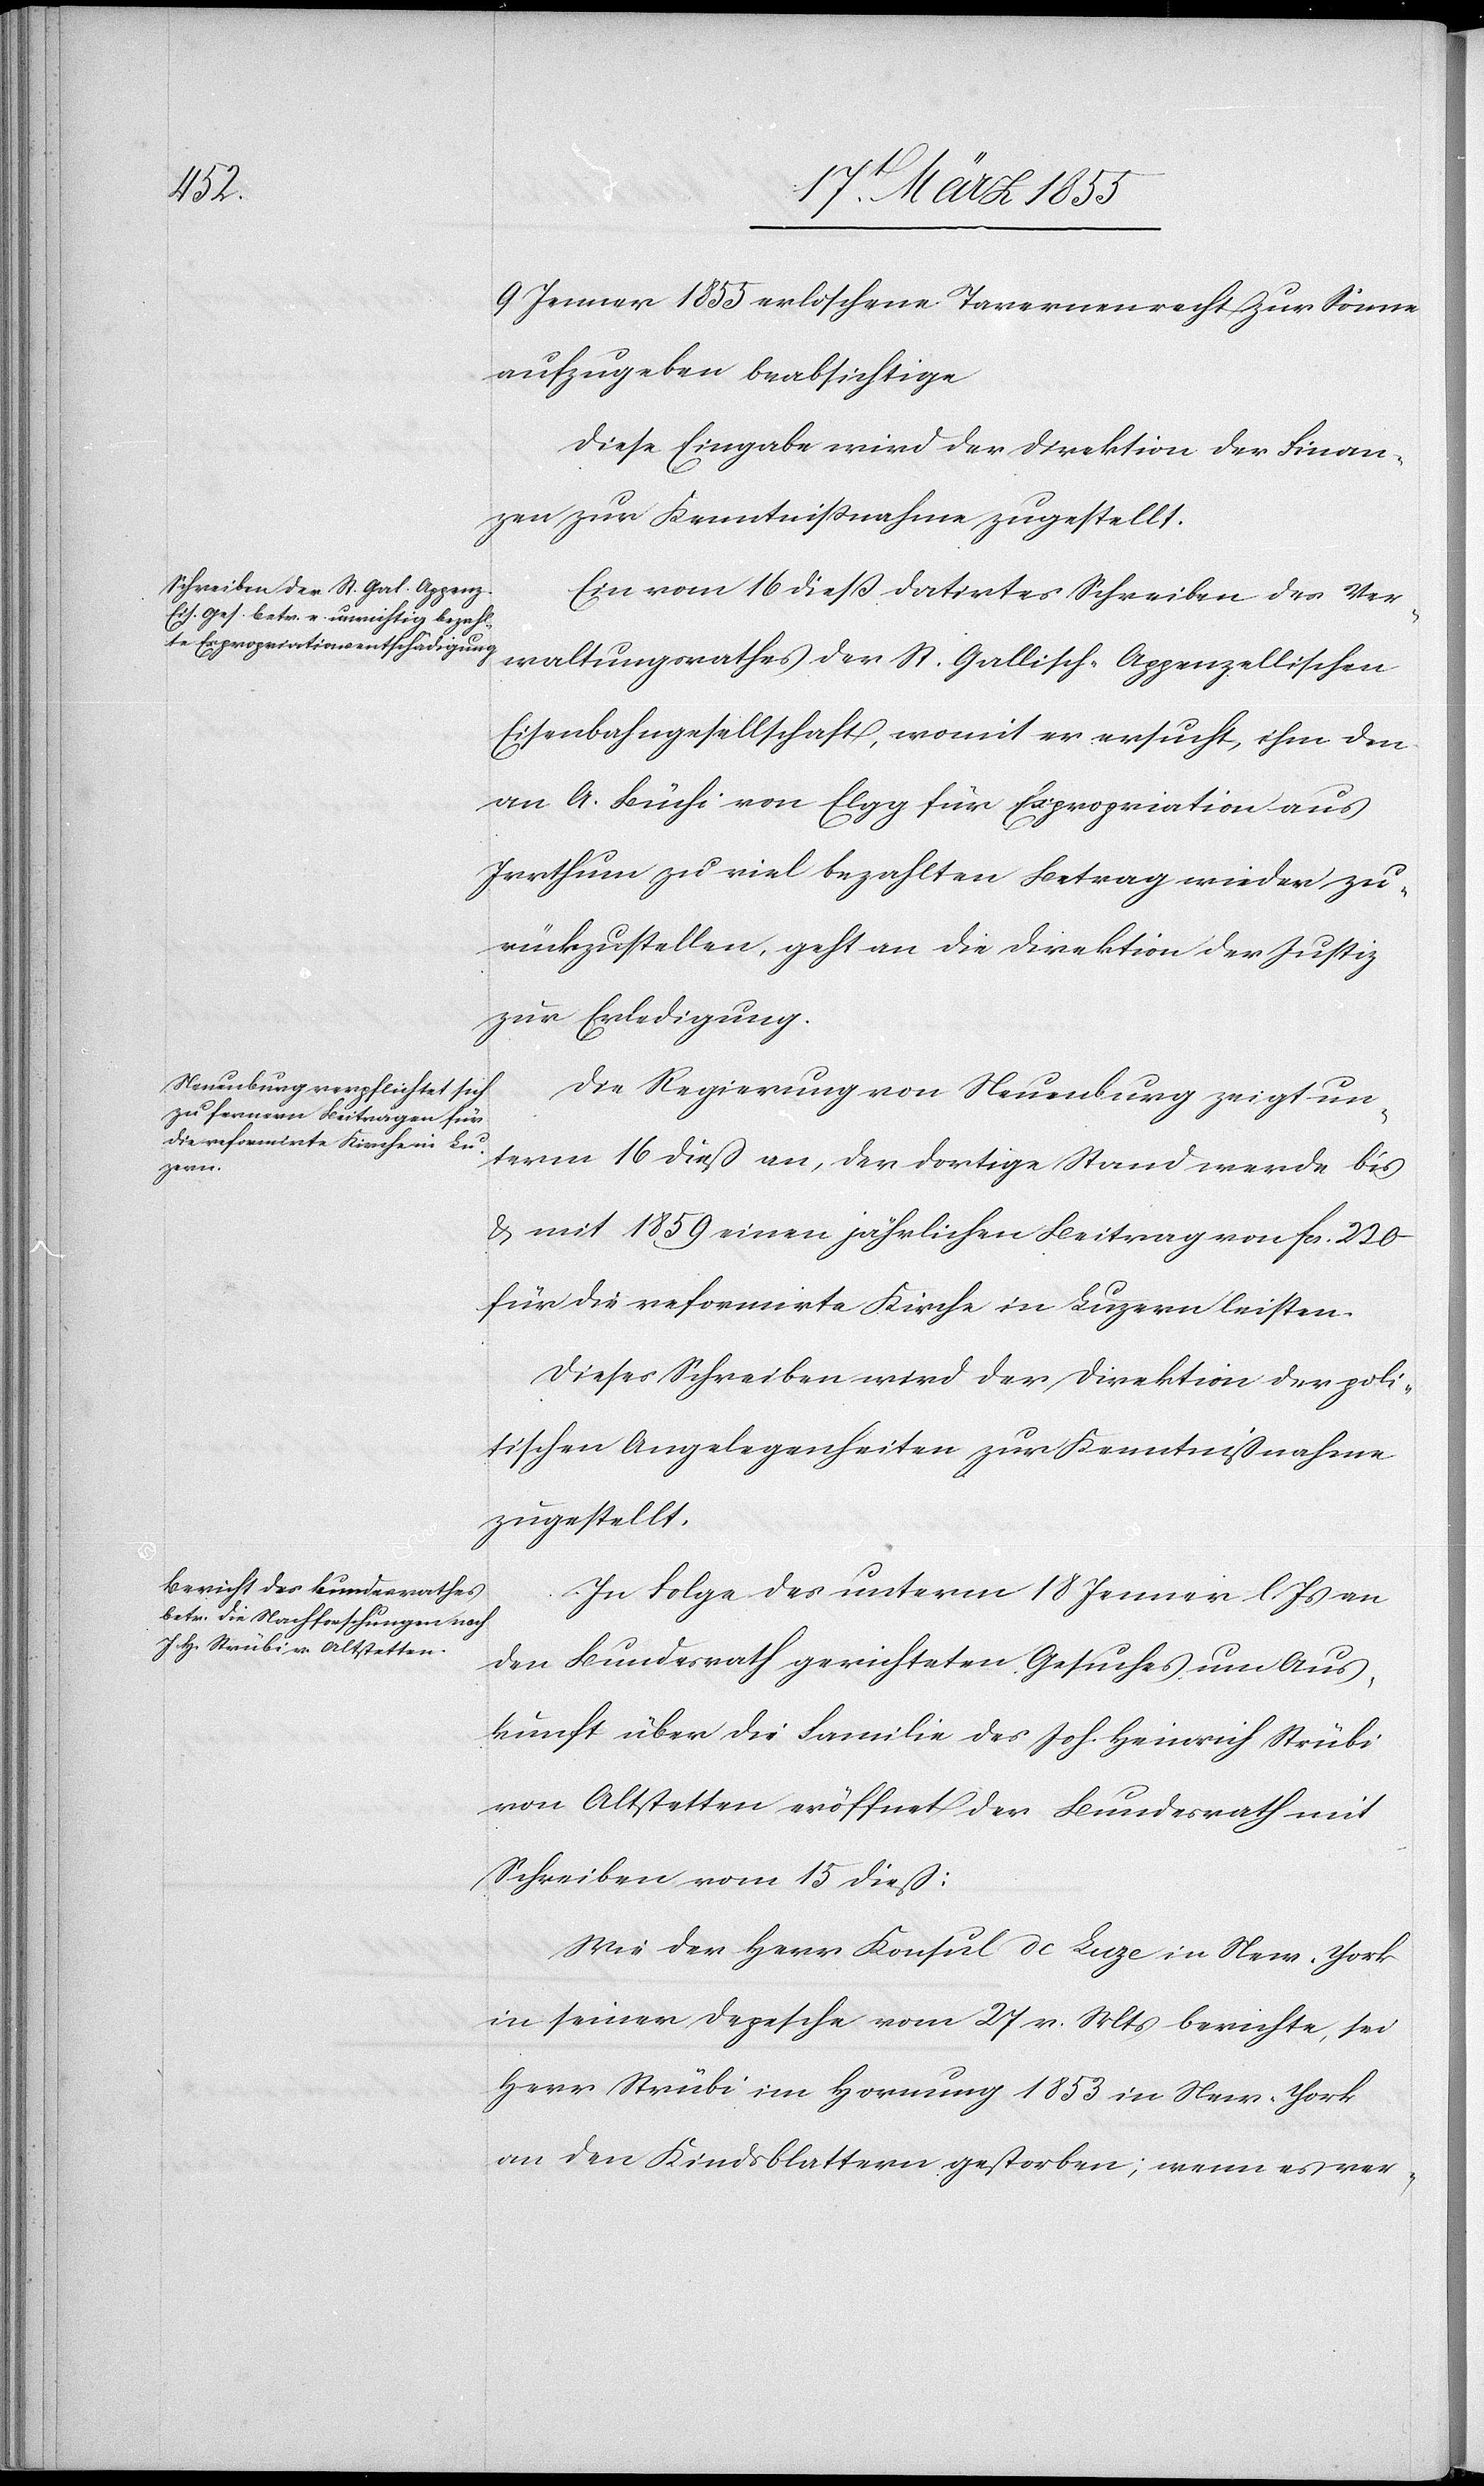
19t. März 1855.]
9 Jenner 1855 erloschene Tavernenrecht zur Sonne
aufzugeben beabsichtige
Diese Eingabe wird der Direktion der Finan¬
zen zur Kenntnissnahme zugestellt.
Ein vom 16 diess datirtes Schreiben des Ver¬
waltungsrathes der St. Gallisch-Appenzellischen
Eisenbahngesellschaft, womit er ersucht, ihm den
an A. Büchi von Elgg für Expropriation aus
Irrthum zu viel bezahlten Betrag wieder zu¬
rückzustellen, geht an die Direktion der Justiz
zur Erledigung.
Die Regierung von Neuenburg zeigt un¬
term 16 dieß an, der dortige Stand werde bis
& mit 1859 einen jährlichen Beitrag von fcs. 220
für die reformirte Kirche in Luzern leisten.
Dieses Schreiben wird der Direktion der poli¬
tischen Angelegenheiten zur Kenntnißnahme
zugestellt.
In Folge des unterm 18 Jenner l. Js an
den Bundesrath gerichteten Gesuches um Aus¬
kunft über die Familie des Joh. Heinrich Strübi
von Altstetten eröffnet der Bundesrath mit
Schreiben vom 15 dieß:
Wie der Herr Konsul de Luze in New-York
in seiner Depesche vom 27 v. Mts berichte, sei
Herr Strübi im Hornung 1853 in New-York
an den Kindsblattern gestorben; wenn es ver-